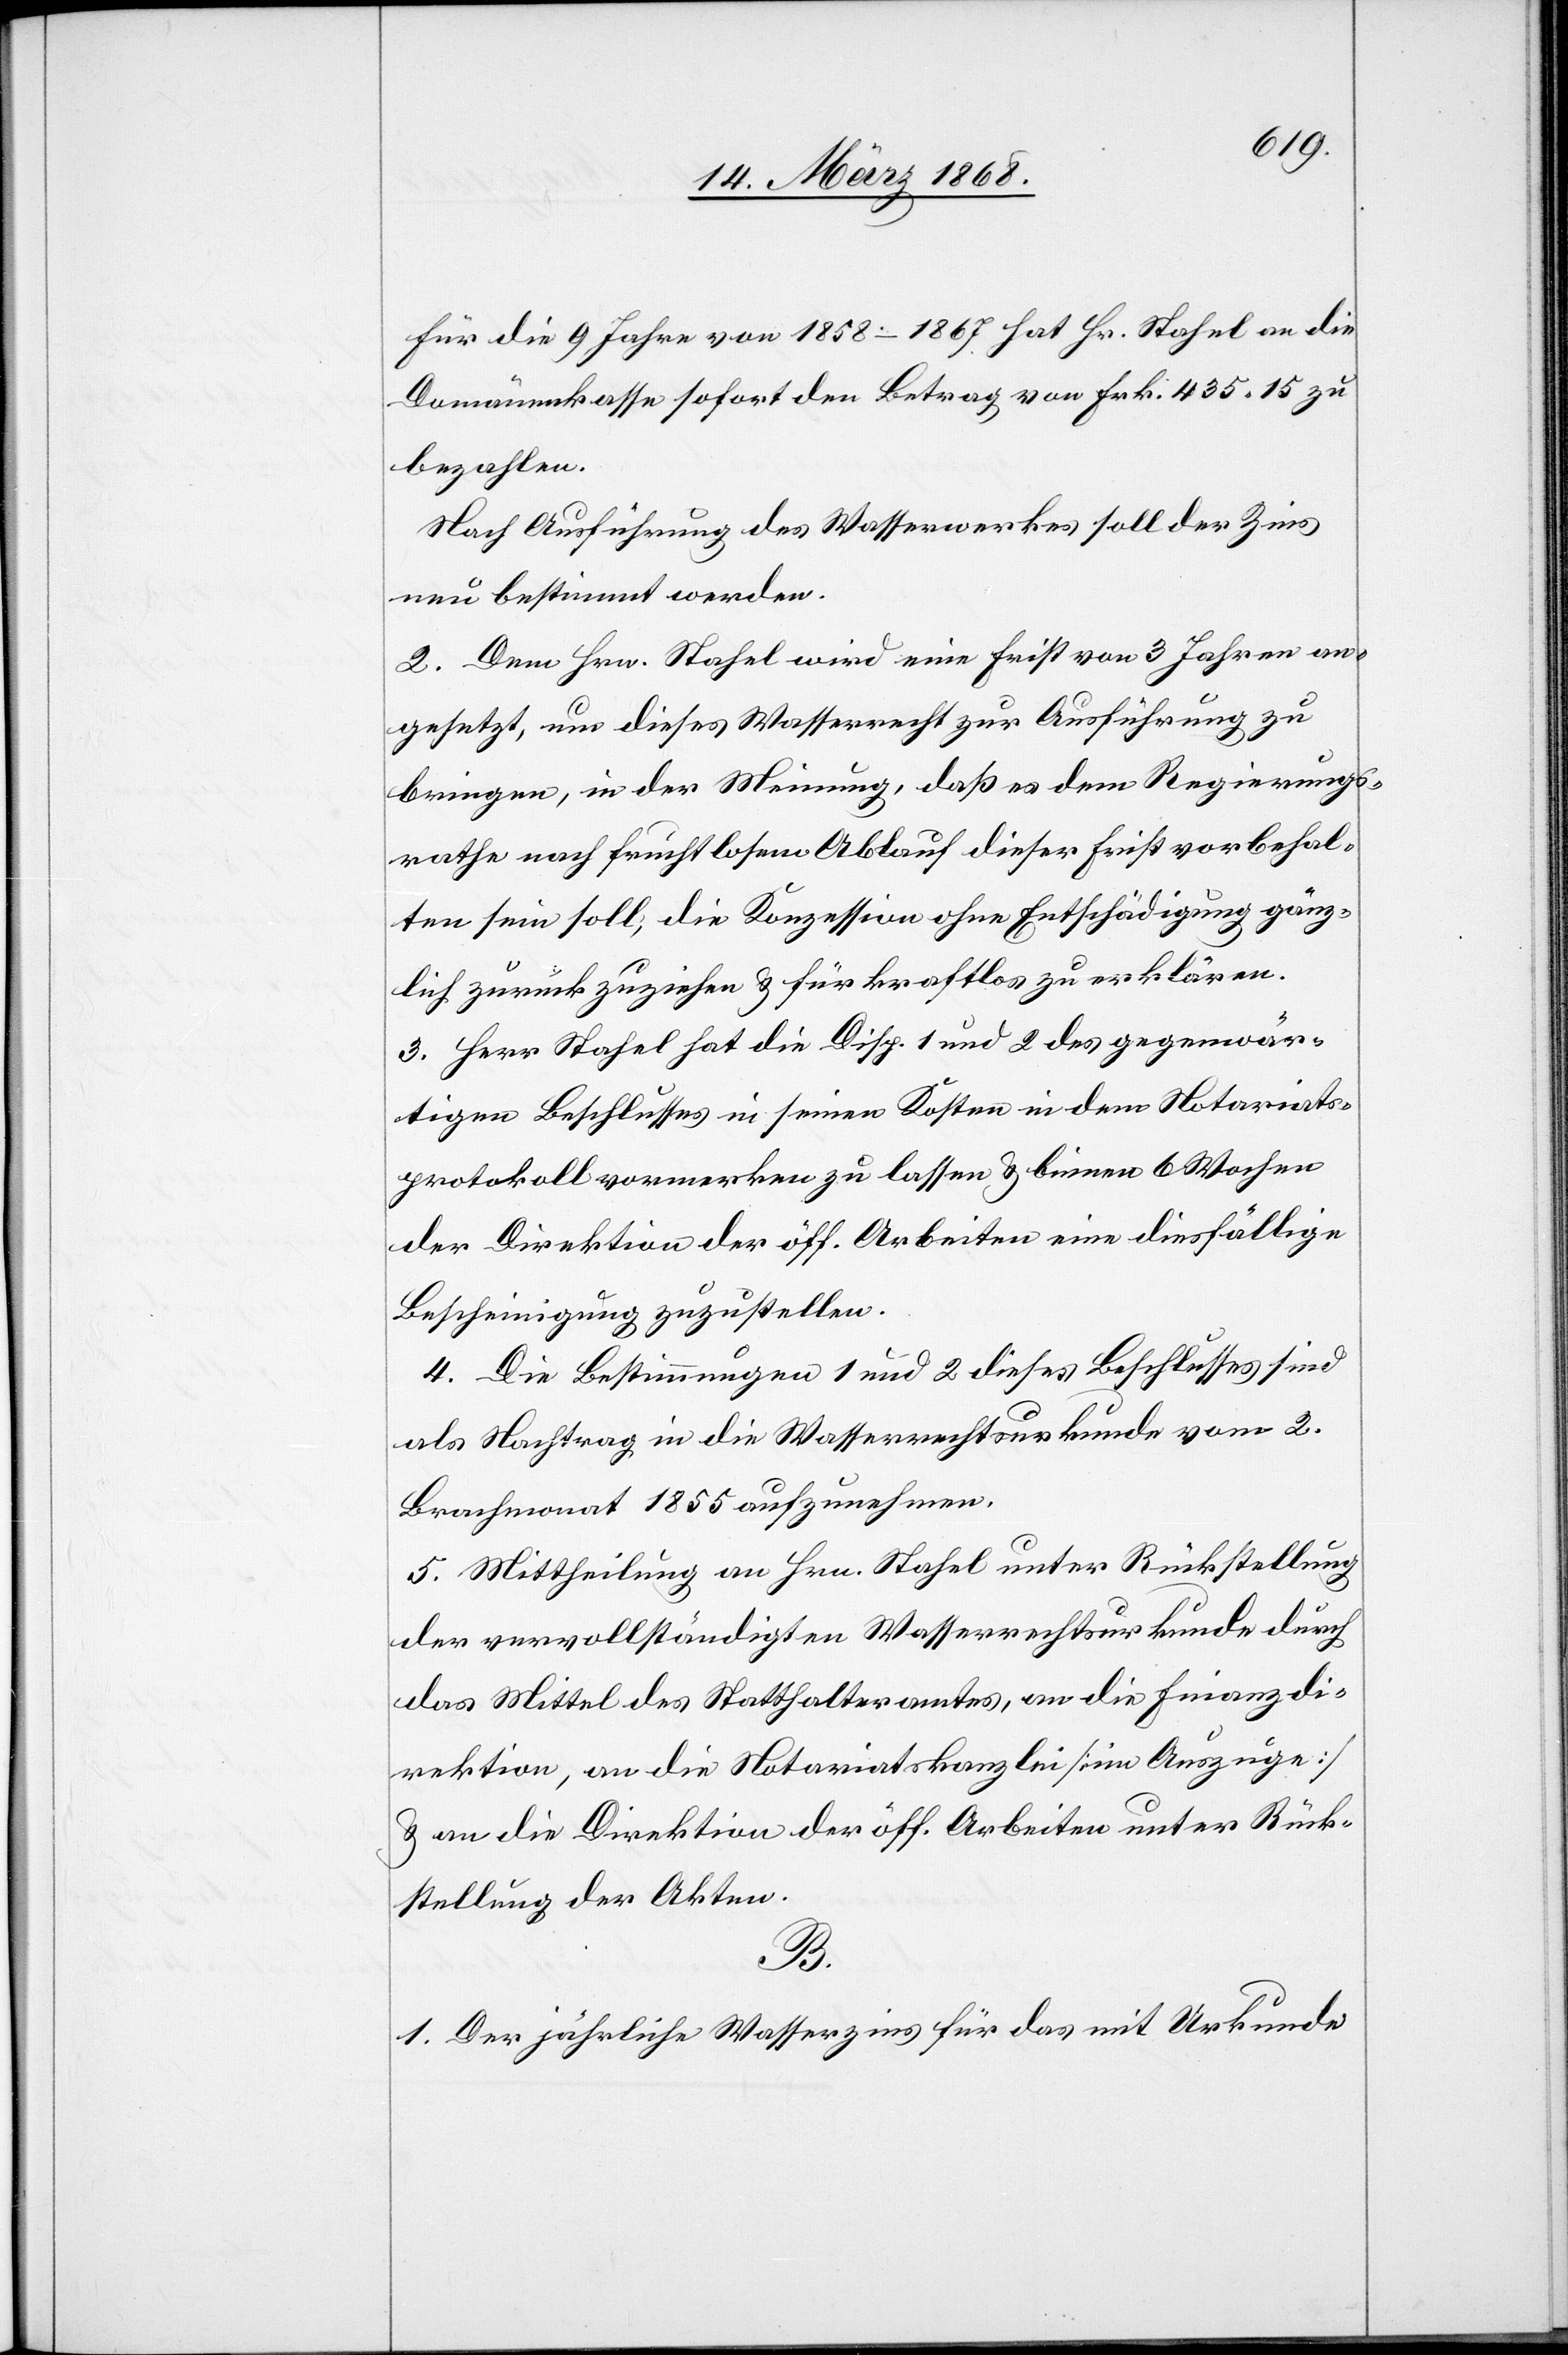
Für die 9 Jahre von 1858–1867 hat Hr. Stahel an die
Domänenkasse sofort den Betrag von Frk. 435. 15 zu
bezahlen.
Nach Ausführung des Wasserwerkes soll der Zins
neu bestimmt werden.
2. Dem Hrn. Stahel wird eine Frist von 3 Jahren an¬
gesetzt, um dieses Wasserrecht zur Ausführung zu
bringen, in der Meinung, daß es dem Regierungs¬
rathe nach fruchtlosem Ablauf dieser Frist vorbehal¬
ten sein soll, die Konzession ohne Entschädigung gänz¬
lich zurückzuziehen & für kraftlos zu erklären.
3. Herr Stahel hat die Disp. 1 und 2 des gegenwär¬
tigen Beschlusses in seinen Kosten in dem Notariats¬
protokoll vormerken zu lassen & binnen 6 Wochen
der Direktion der öff. Arbeiten eine diesfällige
Bescheinigung zuzustellen.
4. Die Bestimmungen 1 und 2 dieses Beschlusses sind
als Nachtrag in die Wasserrechtsurkunde vom 2.
Brachmonat 1855 aufzunehmen.
5. Mittheilung an Hrn. Stahel unter Rückstellung
der vervollständigten Wasserrechtsurkunde durch
das Mittel des Statthalteramtes, an die Finanzdi¬
rektion, an die Notariatskanzlei [im Auszuge]
& an die Direktion der öff. Arbeiten unter Rück¬
stellung der Akten.
B.
1. Der jährliche Wasserzins für das mit Urkunde